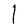
Character: I